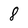
Character: 8